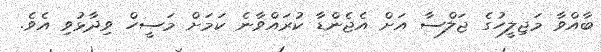
ބާއްވާ މަޖިލީހުގެ ޖަލްސާ އަށް އެޖެންޑާ ކުރަައްވާނެ ކަމަށް މަސީހް ވިދާޅުވި އެވެ.